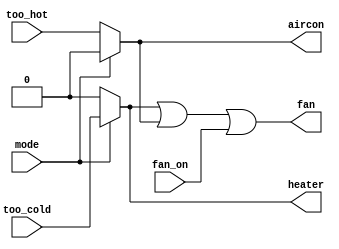
module top_module (
    input too_cold,
    input too_hot,
    input mode,
    input fan_on,
    output heater,
    output aircon,
    output fan
); 
	wire n1, n2;
    assign n1 = mode == 1 ? too_cold: 1'b0;
    assign n2 = mode == 0 ? too_hot: 1'b0;
    assign fan = n1 | n2 | fan_on;
    assign heater = n1;
    assign aircon = n2;
endmodule